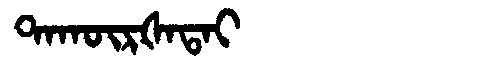
Manchu: ᡨᠠᡴᡡᡵᡧᠠᡨᠠᡳ
Romanization: TAKŪRŠATAI